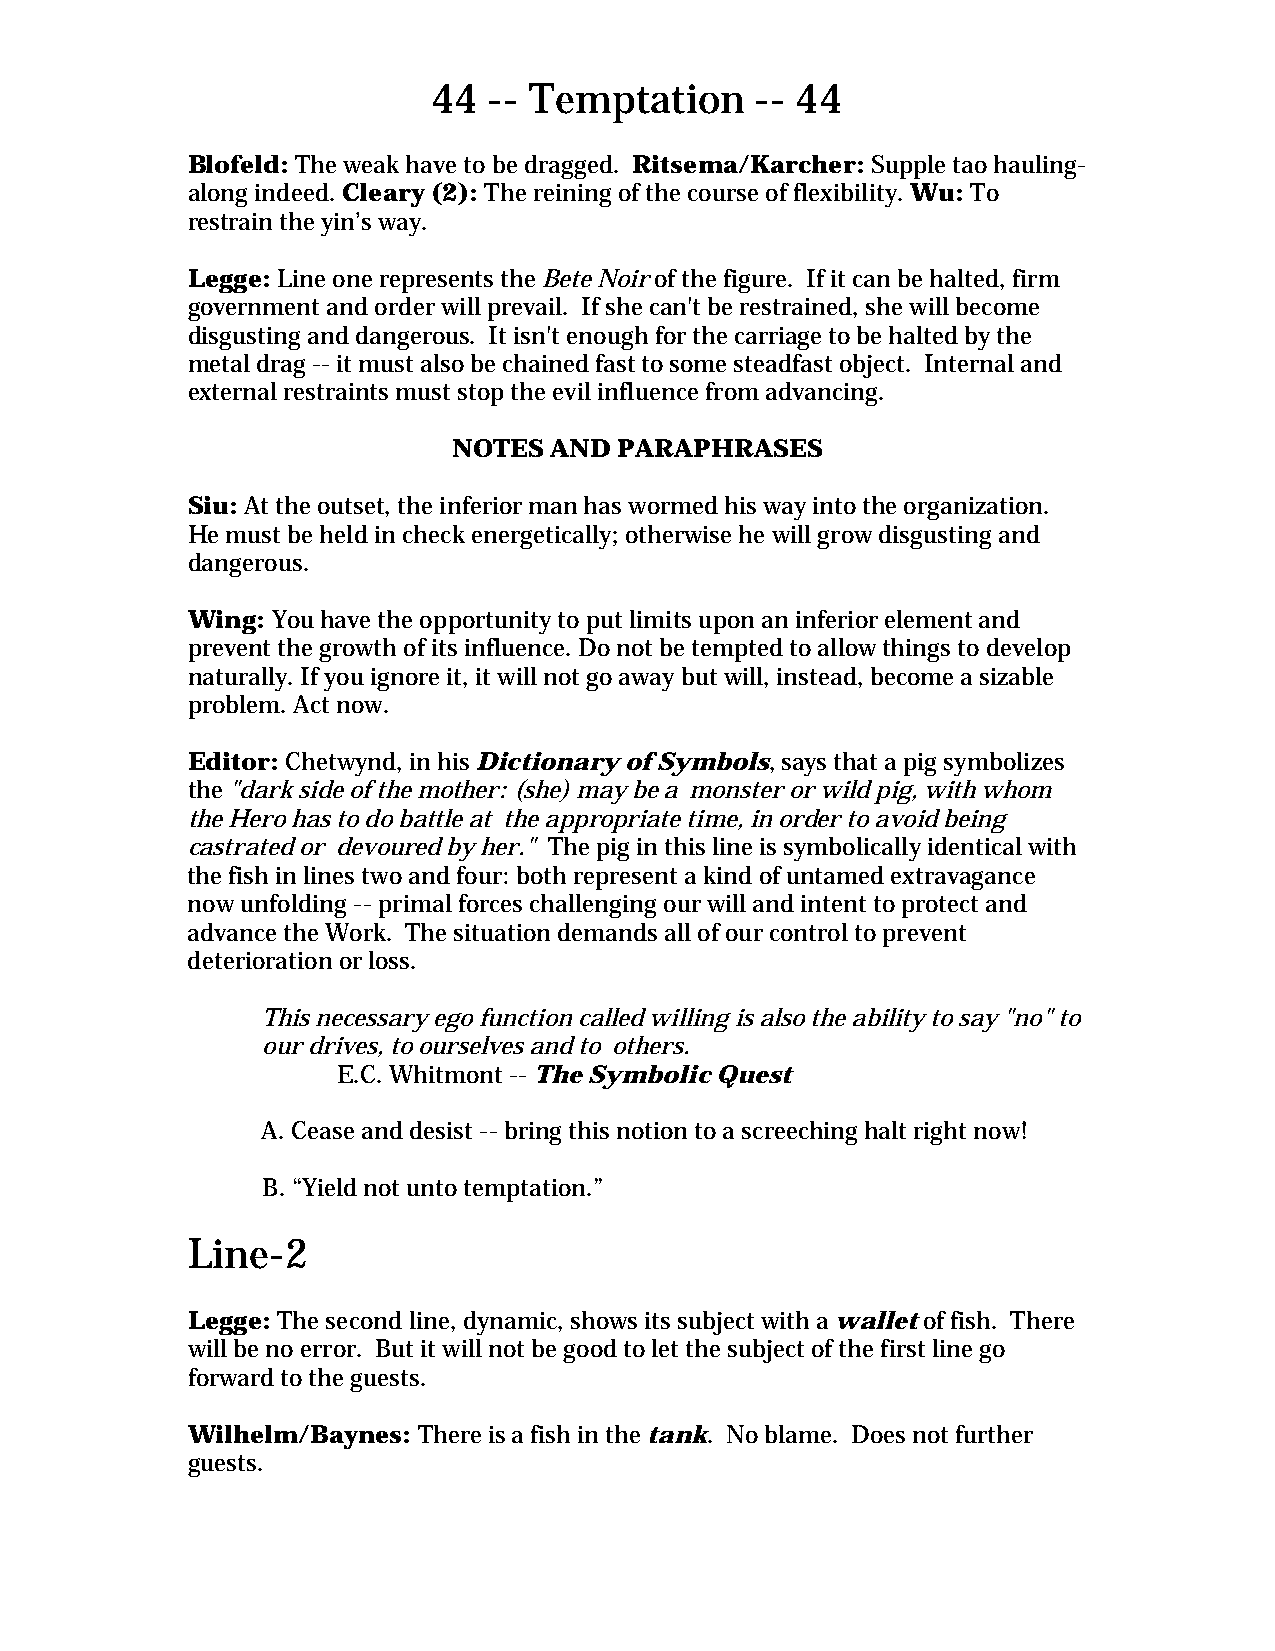
44 -- Temptation     -- 44
 Blofeld: The weak have to be dragged. Ritsema/Karcher: Supple tao hauling-
 along indeed. Cleary (2): The reining of the course of flexibility. Wu: To
 restrain the yin’s way.
 Legge: Line one represents the Bete Noir of the figure. If it can be halted, firm
 government and order will prevail. If she can't be restrained, she will become
 disgusting and dangerous. It isn't enough for the carriage to be halted by the
 metal drag -- it must also be chained fast to some steadfast object. Internal and
 external restraints must stop the evil influence from advancing.
 NOTES AND  PARAPHRASES
 Siu: At the outset, the inferior man has wormed his way into the organization.
 He must be held in check energetically; otherwise he will grow disgusting and
 dangerous.
 Wing: You have the opportunity to put limits upon an inferior element and
 prevent the growth of its influence. Do not be tempted to allow things to develop
 naturally. If you ignore it, it will not go away but will, instead, become a sizable
 problem. Act now.
 Editor: Chetwynd, in his Dictionary of Symbols, says that a pig symbolizes
 the "dark side of the mother: (she) may be a monster or wild pig, with whom
 the Hero has to do battle at the appropriate time, in order to avoid being
 castrated or devoured by her." The pig in this line is symbolically identical with
 the fish in lines two and four: both represent a kind of untamed extravagance
 now unfolding -- primal forces challenging our will and intent to protect and
 advance the Work. The situation demands all of our control to prevent
 deterioration or loss.
 This necessary ego function called willing is also the ability to say "no" to
 our drives, to ourselves and to others.
 E.C. Whitmont -- The Symbolic Quest
 A. Cease and desist -- bring this notion to a screeching halt right now!
 B. “Yield not unto temptation.”
 Line-2
 Legge: The second line, dynamic, shows its subject with a wallet of fish. There
 will be no error. But it will not be good to let the subject of the first line go
 forward to the guests.
 Wilhelm/Baynes: There is a fish in the tank. No blame. Does not further
 guests.